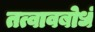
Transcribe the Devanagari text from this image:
तत्वावबोधं